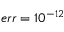
e r r = 1 0 ^ { - 1 2 }